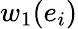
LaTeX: w_{1}(e_{i})